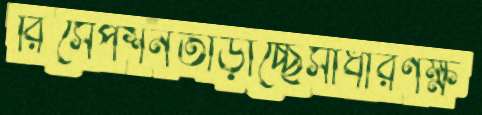
রিসেপশনতাড়াচ্ছেসাধারণক্ষ